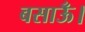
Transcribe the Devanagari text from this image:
बसाऊँ।